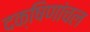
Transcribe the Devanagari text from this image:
दक्षिणांचल